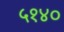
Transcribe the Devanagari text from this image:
५१४०